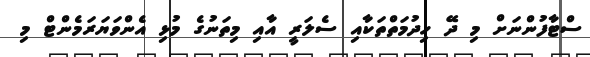
ސްޓާފުންނަށް މި ދޭ ހިދުމަތްތަކާއި ސެލަރީ އާއި މިތަނުގެ މުޅި އެންވަޔަރަމެންޓް މި